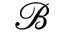
\mathscr { B }